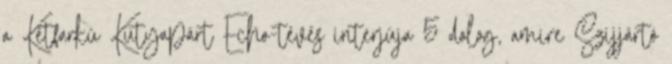
a Kétfarkú Kutyapárt Echo-tévés interjúja 5 dolog, amire Szijjártó